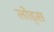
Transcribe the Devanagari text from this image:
लोड्स